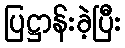
ပြဋ္ဌာန်းခဲ့ပြီး